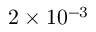
2 \times 1 0 ^ { - 3 }